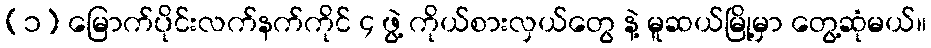
(၁) မြောက်ပိုင်းလက်နက်ကိုင် ၄ ဖွဲ့ ကိုယ်စားလှယ်တွေ နဲ့ မူဆယ်မြို့မှာ တွေ့ဆုံမယ်။